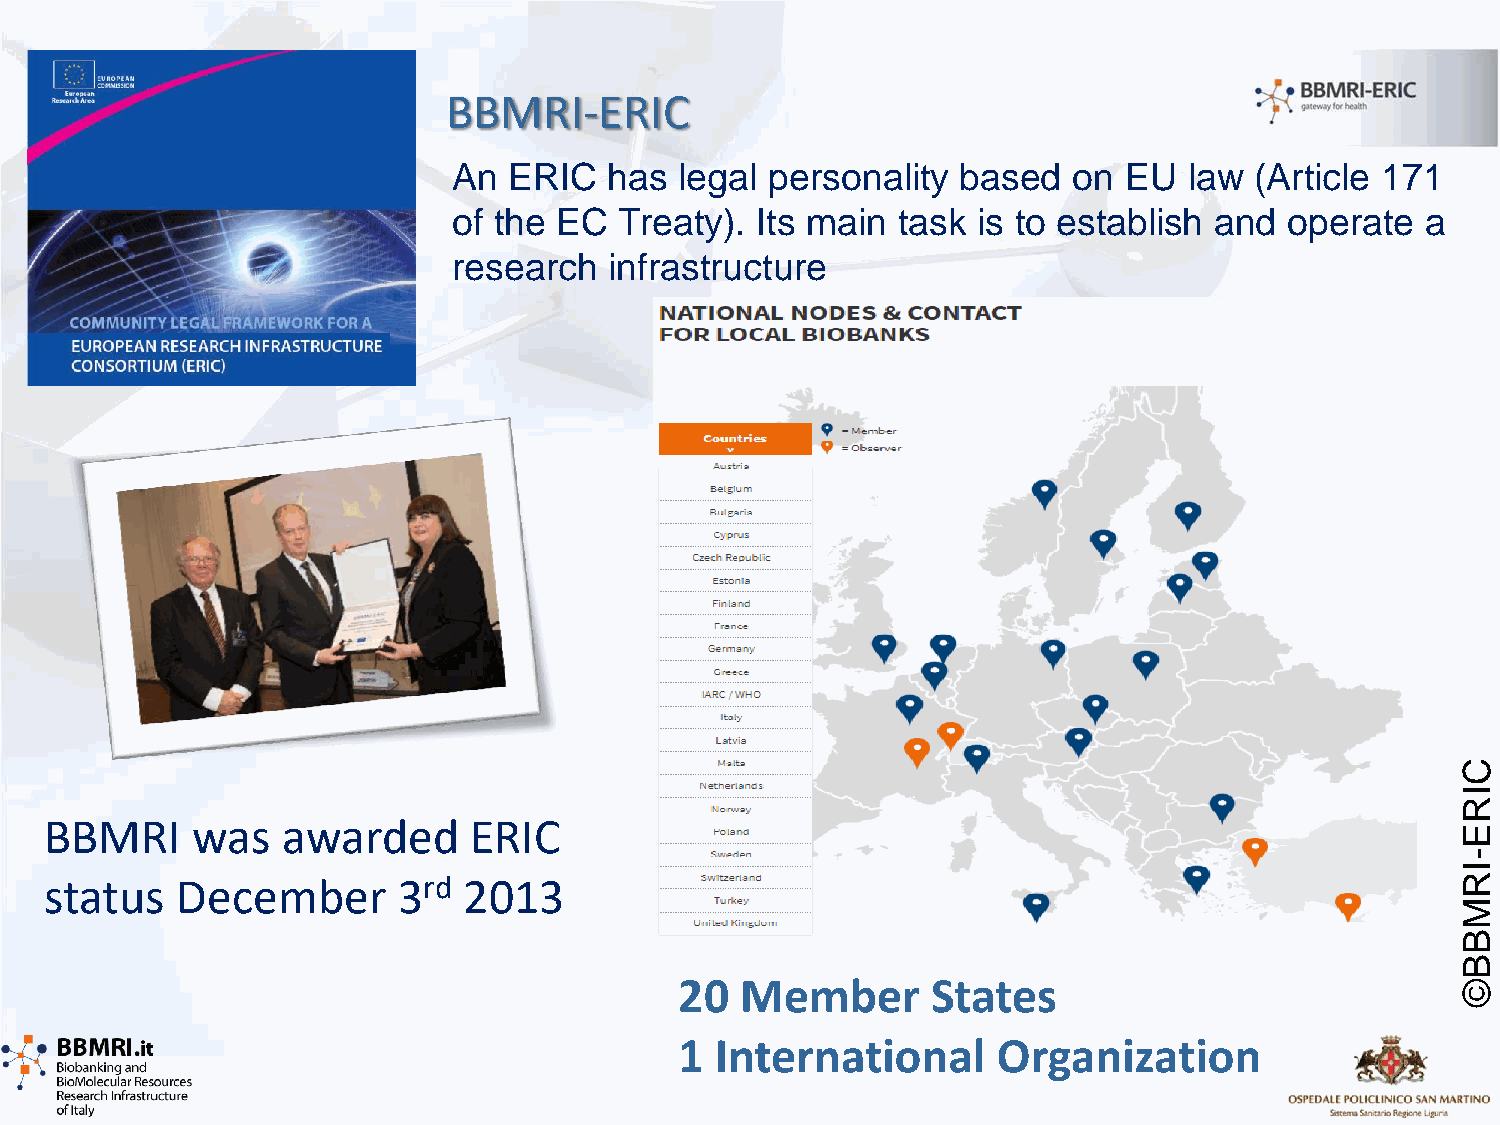
BBMRI-ERIC
 An  ERIC  has  legal personality  based  on EU   law (Article 171
 of the EC  Treaty). Its main task  is to establish and operate  a
 research  infrastructure
 C
 I
 R
 BBMRI     was   awarded     ERIC
 E
 -
 I
 status   December      3rd  2013                                                              R
 M
 B
 B
 20  Member       States                             ©
 1 International      Organization